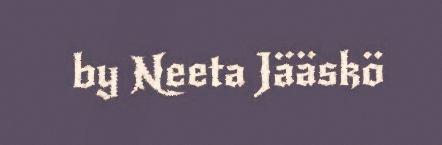
by Neeta Jääskö